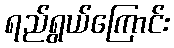
ရည်ရွယ်ကြောင်း